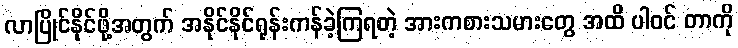
လာပြိုင်နိုင်ဖို့အတွက် အနိုင်နိုင်ရုန်းကန်ခဲ့ကြရတဲ့ အားကစားသမားတွေ အထိ ပါဝင် တာကို